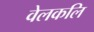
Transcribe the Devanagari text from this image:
वेलकलि